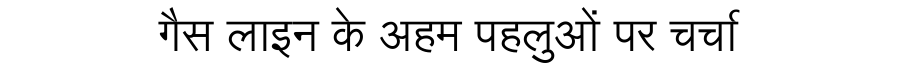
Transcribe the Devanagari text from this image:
गैस लाइन के अहम पहलुओं पर चर्चा